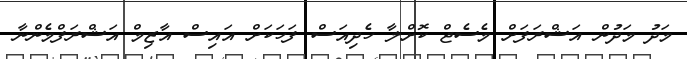
މަދު މަދުން އަޝްރަފަށް މެސެޖް ކޮށްލާ ހެދިއަސް ފަހަކަށް އައިސް އާޒިމް އަޝްރަފްމެންނާ